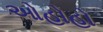
ઓહોહો